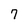
Character: 7